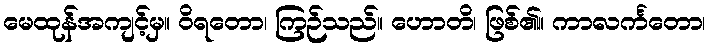
မေထုန်အကျင့်မှ။ ဝိရတော၊ ကြဉ်သည်။ ဟောတိ၊ ဖြစ်၏။ ကာလင်္ကတော၊